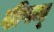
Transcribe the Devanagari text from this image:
दीपम्‌